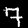
Digit: 7